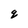
Character: q